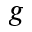
g